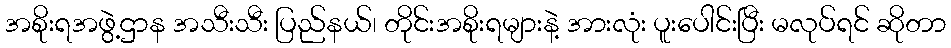
အစိုးရအဖွဲ့ဌာန အသီးသီး ပြည်နယ်၊ တိုင်းအစိုးရများနဲ့ အားလုံး ပူးပေါင်းပြီး မလုပ်ရင် ဆိုတာ